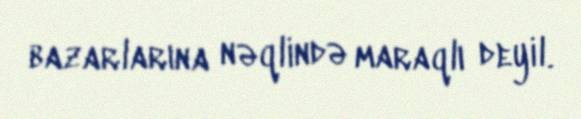
bazarlarına nəqlində maraqlı deyil.